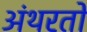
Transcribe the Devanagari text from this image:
अंथरतो